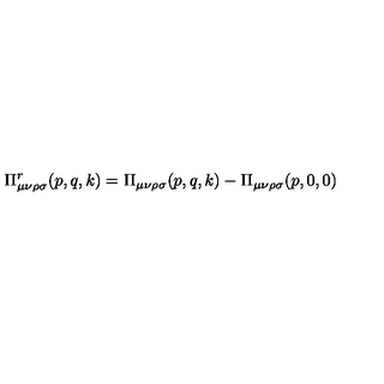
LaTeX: \Pi _ { \mu \nu \rho \sigma } ^ { r } ( p , q , k ) = \Pi _ { \mu \nu \rho \sigma } ( p , q , k ) - \Pi _ { \mu \nu \rho \sigma } ( p , 0 , 0 )